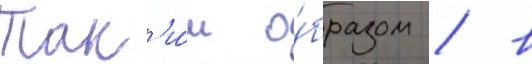
Так'и́м о́бразом / в